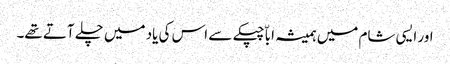
اور ایسی شام میں ہمیشہ اباّ چپکے سے اس کی یاد میں چلے آتے تھے۔